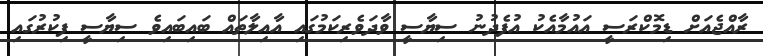
ރާއްޖެއަށް ޑިމޮކްރަސީ އައުމާއެކު އުފެދުނު ސިޔާސީ ވާދަވެރިކަމުގައި އާއިލާތައް ބައިބައިވެ ސިޔާސީ ފިކުރުގައި